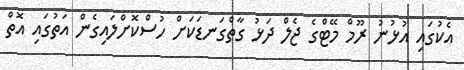
އެކުގައި އުޅުނު ރޫމް މޭޓްގެ ޖެލް ދަޅު ގާތްގަނޑަކަށް ހުސްކޮށްލައިގެން އަތުގައި އޮތް